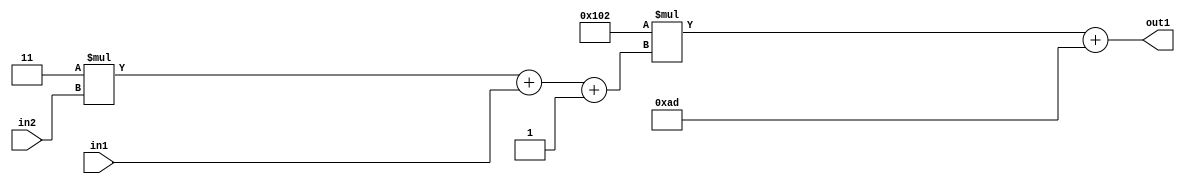
`timescale 1ps / 1ps
/*****************************************************************************
    Verilog RTL Description
    
    
    Created by: Stratus DpOpt 2019.1.01 
*******************************************************************************/

module DC_Filter_Add2i173Mul2i258Add3i1u1Mul2i3u2_1 (
	in2,
	in1,
	out1
	); /* architecture "behavioural" */ 
input [1:0] in2;
input  in1;
output [11:0] out1;
wire [11:0] asc001;
wire [3:0] asc002;

wire [3:0] asc002_tmp_0;
wire [3:0] asc002_tmp_1;
assign asc002_tmp_1 = 
	+(4'B0011 * in2);
assign asc002_tmp_0 = asc002_tmp_1
	+(in1);
assign asc002 = asc002_tmp_0
	+(4'B0001);

wire [11:0] asc001_tmp_2;
assign asc001_tmp_2 = 
	+(12'B000100000010 * asc002);
assign asc001 = asc001_tmp_2
	+(12'B000010101101);

assign out1 = asc001;
endmodule

/* CADENCE  vrTzSgg= : u9/ySgnWtBlWxVPRXgAZ4Og= ** DO NOT EDIT THIS LINE ******/